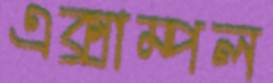
এক্সাম্পল